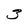
Character: 3